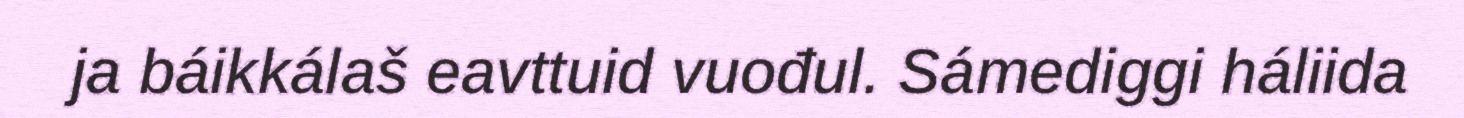
ja báikkálaš eavttuid vuođul. Sámediggi háliida